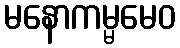
မနောကမ္မမေဝ